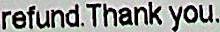
REFUND. THANK YOU.